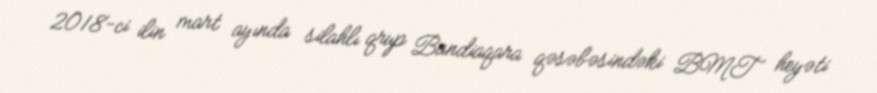
2018-ci ilin mart ayında silahlı qrup Bandiaqara qəsəbəsindəki BMT heyəti